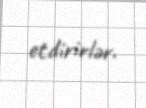
etdirirlər.